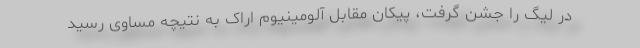
در لیگ را جشن گرفت، پیکان مقابل آلومینیوم اراک به نتیچه مساوی رسید